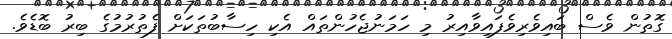
ގޮތުން ވެސް ބައިވެރިވެފައިވާއިރު މި ހަމަނުޖެހުންތައް އެކި ހިސާބުތަކަށް ފެތުރުމުގެ ބިރު ބޮޑެވެ.